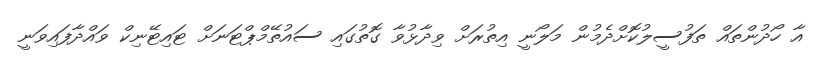
އާ ހޯދުންތައް ތަފުސީލުކޮށްދެމުން މަލޯނީ އިތުރަށް ވިދާޅުވާ ގޮތުގައި ސައުތޭމްޕްޓަނަށް ޓައިޓޭނިކް ވައްދާފައިވަނީ